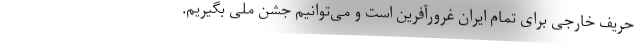
حریف خارجی برای تمام ایران غرورآفرین است و می‌توانیم جشن ملی بگیریم.